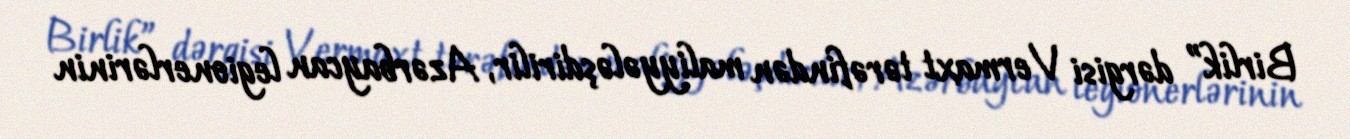
Birlik” dərgisi Vermaxt tərəfindən maliyyələşdirilir, Azərbaycan legionerlərinin